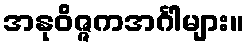
အနုဝိဇ္ဇကအင်္ဂါများ။